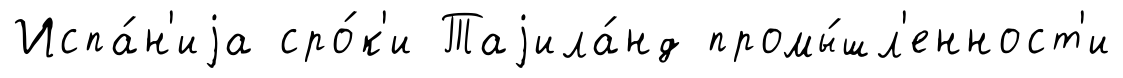
Испа́н'иjа сро́к'и Таjила́нд промы́шл'енност'и